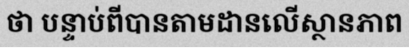
ថា បន្ទាប់ពីបានតាមដានលើស្ថានភាព